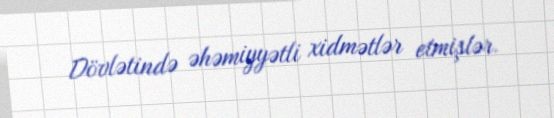
Dövlətində əhəmiyyətli xidmətlər etmişlər.